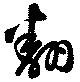
翻